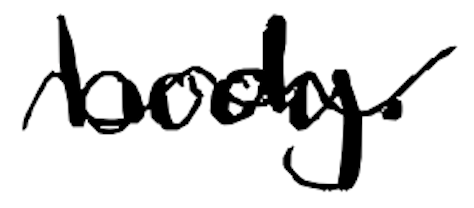
Text: body.
Cross-out: wave
Writing tool: digital_black